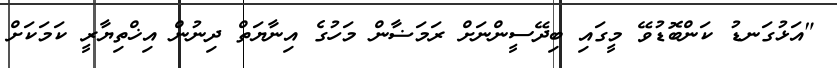
"އަޅުގަނޑު ކަންބޮޑުވޭ މީގައި ބިދޭސީންނަށް ރަމަޟާން މަހުގެ އިނާޔަތް ދިނުން އިޚްތިޔާރީ ކަމަކަށް